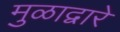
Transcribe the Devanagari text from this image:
मुळाद्वारे